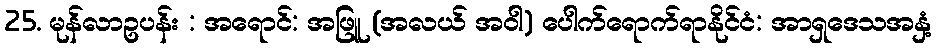
25. မုန်လာဥပန်း : အရောင်: အဖြူ (အလယ် အဝါ) ပေါက်ရောက်ရာနိုင်ငံ: အာရှဒေသအနှံ့